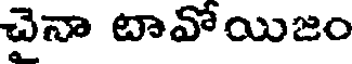
చైనా టావోయిజం